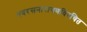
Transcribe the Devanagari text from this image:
नवरसनारायणविरचित